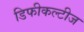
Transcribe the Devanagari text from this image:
डिफीकल्टीज